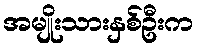
အမျိုးသားနှစ်ဦးက